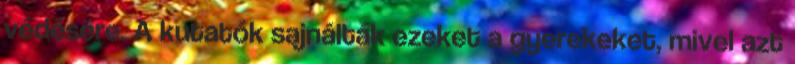
védésére. A kutatók sajnálták ezeket a gyerekeket, mivel azt